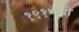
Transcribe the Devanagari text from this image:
१९१५ची